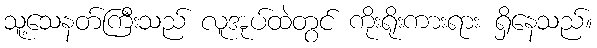
သူ့သေနတ်ကြီးသည် လူအုပ်ထဲတွင် ကိုးရိုးကားရား ရှိနေသည်။